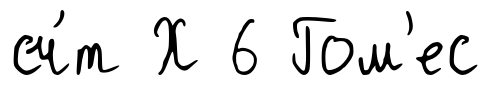
сч́т Х 6 Гом'ес